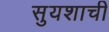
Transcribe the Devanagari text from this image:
सुयशाची